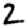
Digit: 2